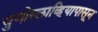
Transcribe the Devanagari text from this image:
युगोस्लाव्हियापासून